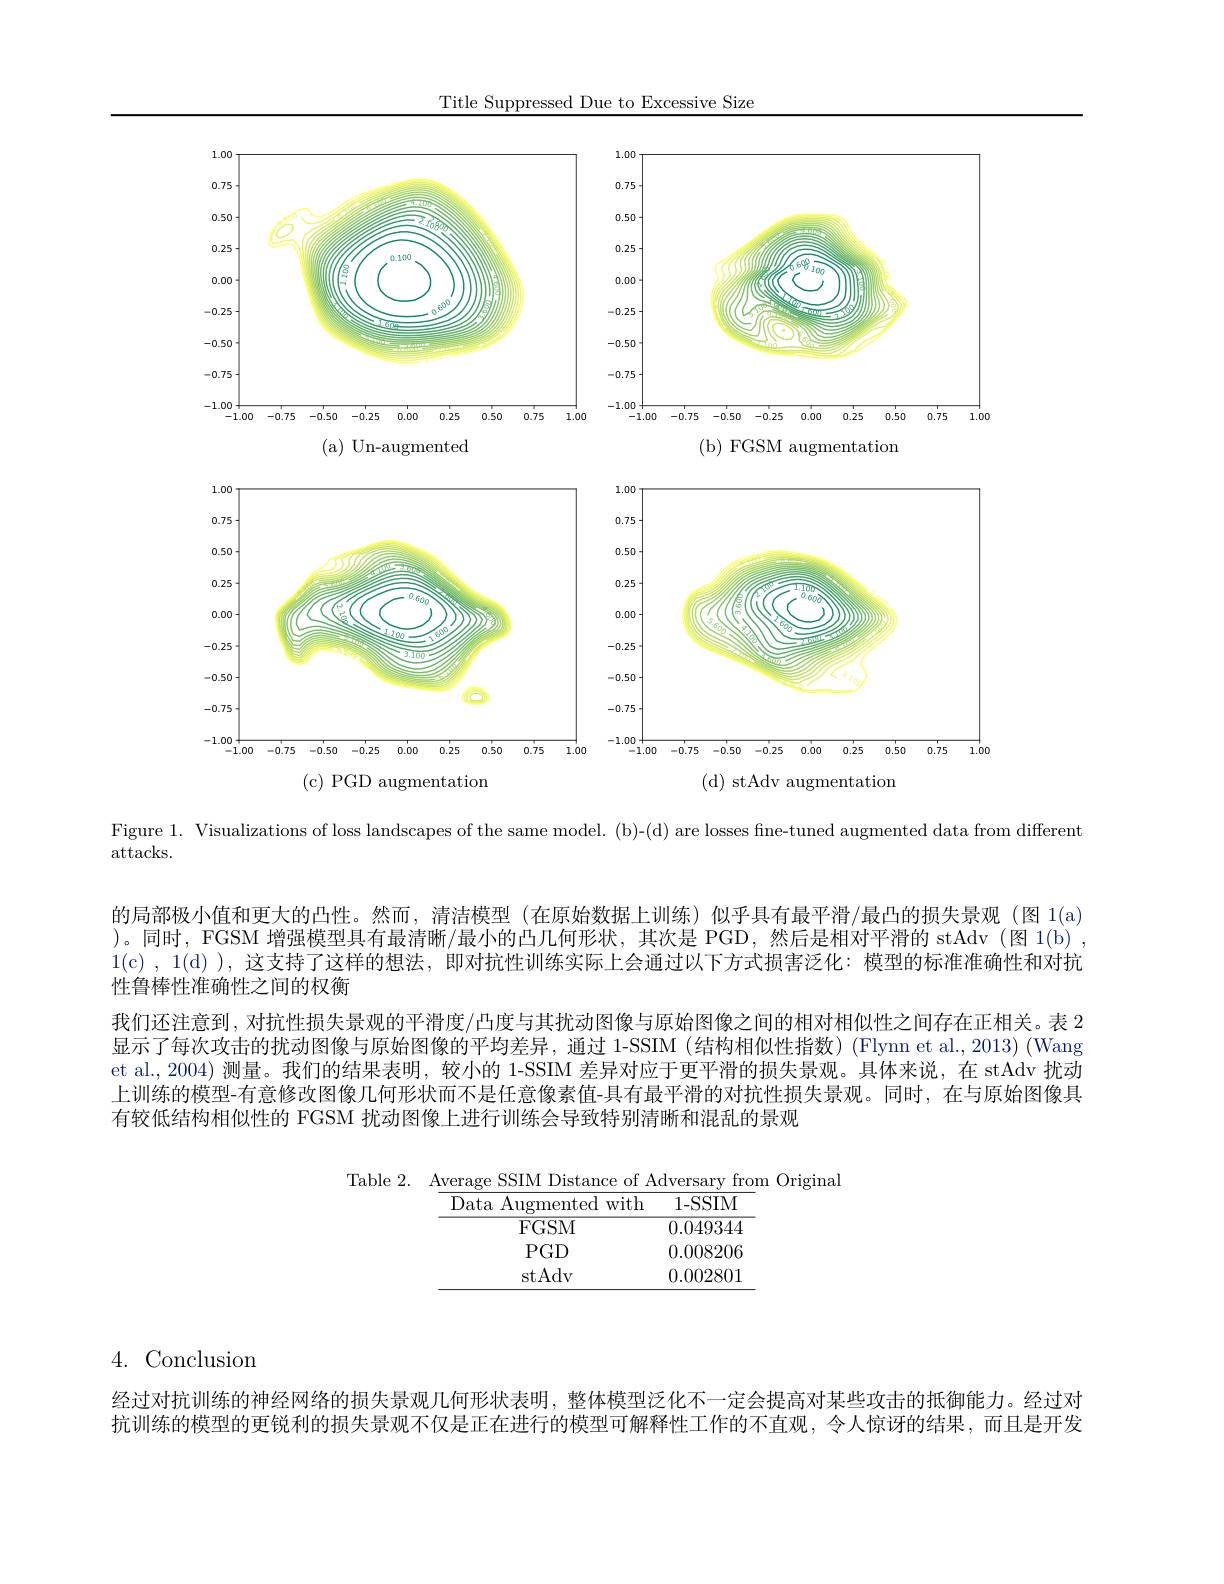
Title Suppressed Due to Excessive Size

<FigureHere>

Figure 1. Visualizations of loss landscapes of the same model. (b)-(d) are losses fine-tuned augmented data from different

attacks.

的局部极小值和更大的凸性。然而，清洁模型 (在原始数据上训练)似乎具有最平滑/最凸的损失景观 (图 1(a) )。同时，FGSM 增强模型具有最清晰/最小的凸几何形状，其次是 PGD,然后是相对平滑的 stAdv (图 1(b) , $1(\mathfrak{c}),1(\mathfrak{d})$ ),这支持了这样的想法，即对抗性训练实际上会通过以下方式损害泛化：模型的标准准确性和对抗

性鲁棒性准确性之间的权衡

我们还注意到，对抗性损失景观的平滑度/凸度与其扰动图像与原始图像之间的相对相似性之间存在正相关。表 2显示了每次攻击的扰动图像与原始图像的平均差异，通过 1-SSIM (结构相似性指数) (Flynn et al., 2013) (Wang et al., 2004) 测量。我们的结果表明，较小的 1-SSIM 差异对应于更平滑的损失景观。具体来说，在 stAdv 扰动上训练的模型-有意修改图像几何形状而不是任意像素值-具有最平滑的对抗性损失景观。同时，在与原始图像具有较低结构相似性的 FGSM 扰动图像上进行训练会导致特别清晰和混乱的景观

<table>
	<tbody>
		<tr>
			<td>with Data a Augmented </td>
			<td>1- SSIM</td>
		</tr>
		<tr>
			<td>FGSM</td>
			<td>0.049344</td>
		</tr>
		<tr>
			<td>$PGD$</td>
			<td>0.008206</td>
		</tr>
		<tr>
			<td>$\operatorname{stAdv}$</td>
			<td>0.002801</td>
		</tr>
	</tbody>
</table>

4. Conclusion

经过对抗训练的神经网络的损失景观几何形状表明，整体模型泛化不一定会提高对某些攻击的抵御能力。经过对抗训练的模型的更锐利的损失景观不仅是正在进行的模型可解释性工作的不直观，令人惊讶的结果，而且是开发